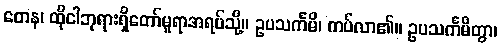
တေန၊ ထိုငါဘုရားရှိတော်မူရာအရပ်သို့။ ဥပသင်္ကမိ၊ ကပ်လာ၏။ ဥပသင်္ကမိတွာ၊